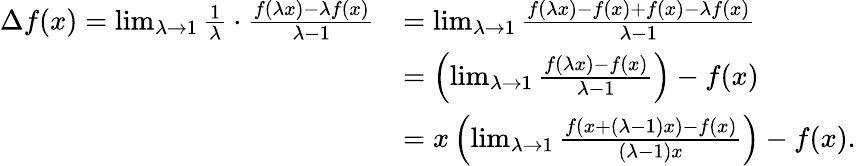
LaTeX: \begin{array}{rl}{\Delta f(x)=\operatorname*{lim}_{\lambda\to 1}\frac{1}{\lambda}\cdot\frac{f(\lambda x)-\lambda f(x)}{\lambda-1}}&{=\operatorname*{lim}_{\lambda\to 1}\frac{f(\lambda x)-f(x)+f(x)-\lambda f(x)}{\lambda-1}}\\ &{=\left(\operatorname*{lim}_{\lambda\to 1}\frac{f(\lambda x)-f(x)}{\lambda-1}\right)-f(x)}\\ &{=x\left(\operatorname*{lim}_{\lambda\to 1}\frac{f(x+(\lambda-1)x)-f(x)}{(\lambda-1)x}\right)-f(x).}\end{array}